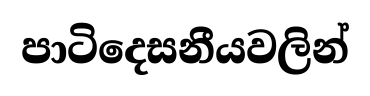
පාටිදෙසනීයවලින්